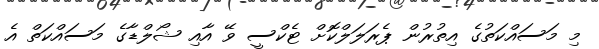
މި މަސައްކަތުގެ އިތުރުން ޕެރަލަލްކޮށް ޓެކްސީ ވޭ އާއި ޝޯލްޑާގެ މަސައްކަތް އެ